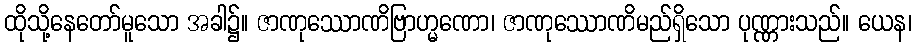
ထိုသို့နေတော်မူသော အခါ၌။ ဇာဏုဿောဏိဗြာဟ္မဏော၊ ဇာဏုဿောဏိမည်ရှိသော ပုဏ္ဏားသည်။ ယေန၊